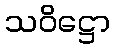
သဝိဋ္ဌော